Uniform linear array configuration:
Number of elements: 32
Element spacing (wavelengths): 0.25
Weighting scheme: kaiser
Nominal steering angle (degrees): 30
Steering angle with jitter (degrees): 28.631
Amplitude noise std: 0.05
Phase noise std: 0.05

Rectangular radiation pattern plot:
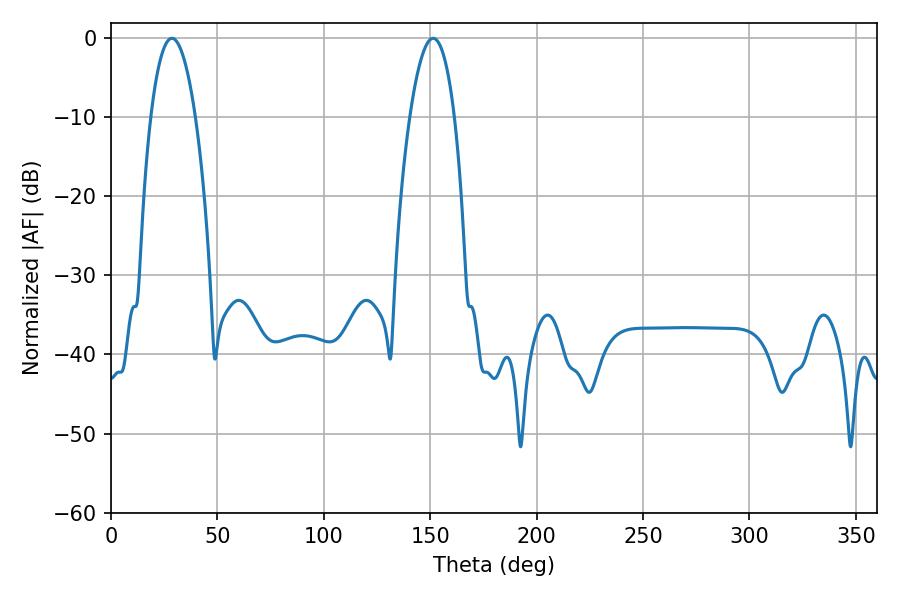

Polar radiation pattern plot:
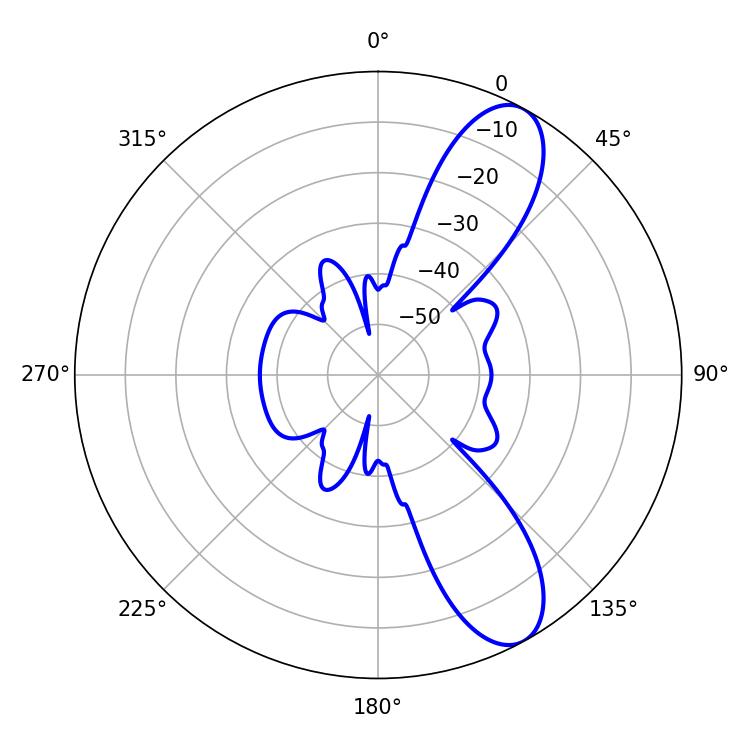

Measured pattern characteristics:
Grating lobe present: FALSE
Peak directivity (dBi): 9.809
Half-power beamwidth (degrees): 11.52
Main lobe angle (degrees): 28.62